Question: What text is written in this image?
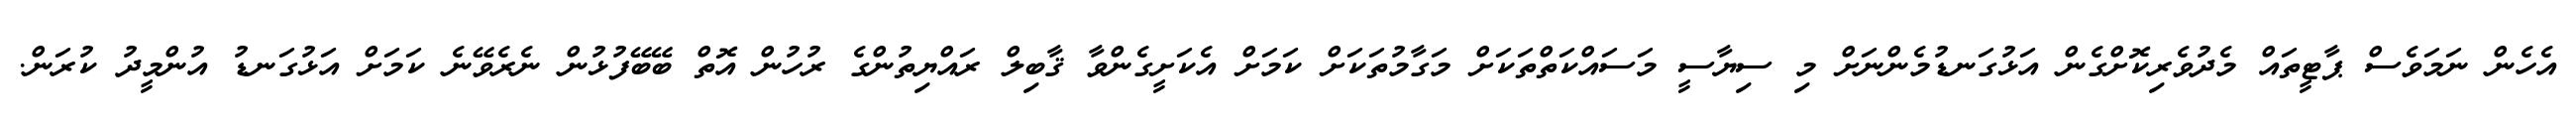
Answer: އެހެން ނަމަވެސް ޕާޓީތައް މެދުވެރިކޮށްގެން އަޅުގަނޑުމެންނަށް މި ސިޔާސީ މަސައްކަތްތަކަށް މަގާމުތަކަށް ކަމަށް އެކަށީގެންވާ ޤާބިލް ރައްޔިތުންގެ ރުހުން އޮތް ބޭބޭފުޅުން ނެރެވޭނެ ކަމަށް އަޅުގަނޑު އުންމީދު ކުރަން.